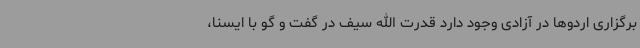
برگزاری اردوها در آزادی وجود دارد قدرت الله سیف در گفت و گو با ایسنا،